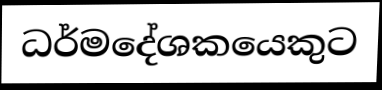
ධර්මදේශකයෙකුට